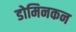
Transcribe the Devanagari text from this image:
डोमिनकन